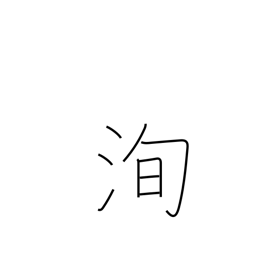
Meaning: truth